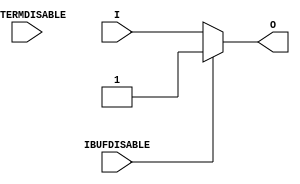
///////////////////////////////////////////////////////////////////////////////
// Copyright (c) 1995/2011 Xilinx, Inc.
// All Right Reserved.
///////////////////////////////////////////////////////////////////////////////
//   ____  ____
//  /   /\/   /
// /___/  \  /    Vendor : Xilinx
// \   \   \/     Version : 10.1
//  \   \         Description : Xilinx Functional Simulation Library Component
//  /   /                  Input Buffer
// /___/   /\     Filename : IBUF_INTERMDISABLE.v
// \   \  /  \    Timestamp : Wed Apr 20 17:49:56 PDT 2011
//  \___\/\___\
//
// Revision:
//    04/20/11 - Initial version.
//    06/15/11 - CR 613347 -- made ouput logic_1 when IBUFDISABLE is active
//    08/31/11 - CR 623170 -- added attribute USE_IBUFDISABLE
//    09/14/11 - CR 624774 -- Removed attributes IBUF_DELAY_VALUE and IFD_DELAY_VALUE
//    09/16/11 - CR 625725 -- Removed attribute CAPACITANCE
// End Revision

`timescale  1 ps / 1 ps


module IBUF_INTERMDISABLE (O, I, IBUFDISABLE, INTERMDISABLE);

    parameter IBUF_LOW_PWR = "TRUE";
    parameter IOSTANDARD = "DEFAULT";
    parameter USE_IBUFDISABLE = "TRUE";
    
    output O;

    input  I;
    input  IBUFDISABLE;
    input  INTERMDISABLE;

    initial begin
	
        case (IBUF_LOW_PWR)

            "FALSE", "TRUE" : ;
            default : begin
                          $display("Attribute Syntax Error : The attribute IBUF_LOW_PWR on IBUF_INTERMDISABLE instance %m is set to %s.  Legal values for this attribute are TRUE or FALSE.", IBUF_LOW_PWR);
                          $finish;
                      end

        endcase

    end

    generate
       case (USE_IBUFDISABLE)
          "TRUE" :  begin
                        assign O = (IBUFDISABLE == 0)? I : (IBUFDISABLE == 1)? 1'b1  : 1'bx;
                    end
          "FALSE" : begin
                        assign O = I;
                    end
       endcase
    endgenerate

endmodule